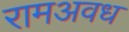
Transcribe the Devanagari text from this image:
रामअवध